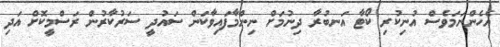
އެހެންނަމަވެސް އުނިކުރި ކޯޓާ އަނބުރާ ދިނުމަށް ނިންމާފައިވާކަން ސައުދީ ސަރުކާރުން ރަސްމީކޮށް އަދި